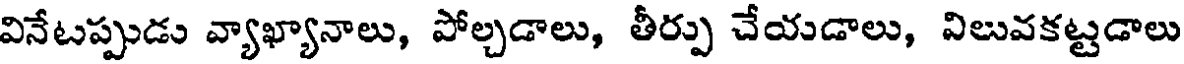
వినేటప్పుడు వ్యాఖ్యానాలు, పోల్చడాలు, తీర్పు చేయడాలు, విలువకట్టడాలు